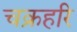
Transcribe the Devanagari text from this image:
चक्रहरि